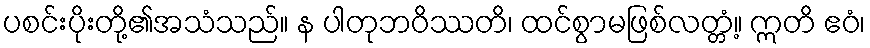
ပစင်းပိုးတို့၏အသံသည်။ န ပါတုဘဝိဿတိ၊ ထင်စွာမဖြစ်လတ္တံ့။ ဣတိ ဧဝံ၊